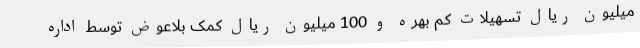
میلیون ریال تسهیلات کم بهره و 100 میلیون ریال کمک بلاعوض توسط اداره